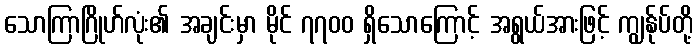
သောကြာဂြိုဟ်လုံး၏ အချင်းမှာ မိုင် ၇၇၀၀ ရှိသောကြောင့် အရွယ်အားဖြင့် ကျွန်ုပ်တို့